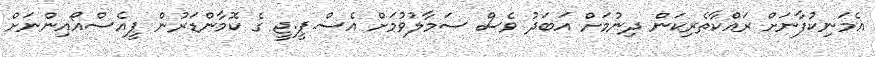
އެމަނިކުފާނަށް ރައްކާތެރިކަން ދިނުމަށް އަބަދު ވެސް ސަމާލުވުމަށް އެސް.ޕީ.ޖީ ގެ ކޮމާންޑަރުން ޕީއެސްއޯއިންނަށް